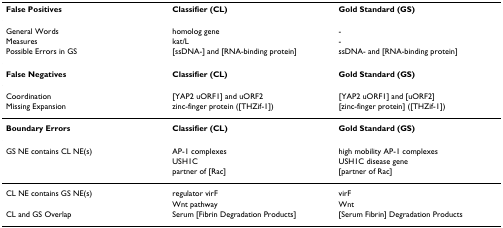
<table><thead><tr><td><b>False Positives</b></td><td><b>Classifier (CL)</b></td><td><b>Gold Standard (GS)</b></td></tr></thead><tbody><tr><td>General Words</td><td>homolog gene</td><td>-</td></tr><tr><td>Measures</td><td>kat/L</td><td>-</td></tr><tr><td>Possible Errors in GS</td><td>[ssDNA-] and [RNA-binding protein]</td><td>ssDNA- and [RNA-binding protein]</td></tr><tr><td><b>False Negatives</b></td><td><b>Classifier (CL)</b></td><td><b>Gold Standard (GS)</b></td></tr><tr><td>Coordination</td><td>[YAP2 uORF1] and uORF2</td><td>[YAP2 uORF1] and [uORF2]</td></tr><tr><td>Missing Expansion</td><td>zinc-finger protein ([THZif-1])</td><td>[zinc-finger protein] ([THZif-1])</td></tr><tr><td><b>Boundary Errors</b></td><td><b>Classifier (CL)</b></td><td><b>Gold Standard (GS)</b></td></tr><tr><td>GS NE contains CL NE(s)</td><td>AP-1 complexes</td><td>high mobility AP-1 complexes</td></tr><tr><td></td><td>USH1C</td><td>USH1C disease gene</td></tr><tr><td></td><td>partner of [Rac]</td><td>[partner of Rac]</td></tr><tr><td>CL NE contains GS NE(s)</td><td>regulator virF</td><td>virF</td></tr><tr><td></td><td>Wnt pathway</td><td>Wnt</td></tr><tr><td>CL and GS Overlap</td><td>Serum [Fibrin Degradation Products]</td><td>[Serum Fibrin] Degradation Products</td></tr></tbody></table>